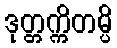
ဒုတ္တက္ကိတမ္ပိ